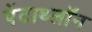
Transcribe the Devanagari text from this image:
पेंटाथ्लॉन